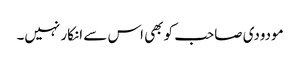
مودودی صاحب کو بھی اس سے انکار نہیں۔